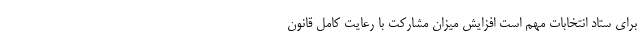
برای ستاد انتخابات مهم است افزایش میزان مشارکت با رعایت کامل قانون